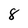
Character: 8